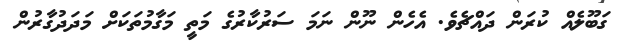
ގަބޫލެއް ކުރަން ދައްޗެވެ. އެހެން ނޫން ނަމަ ސަރުކާރުގެ މަތީ މަގާމުތަކަށް މަދަދުގާރުން